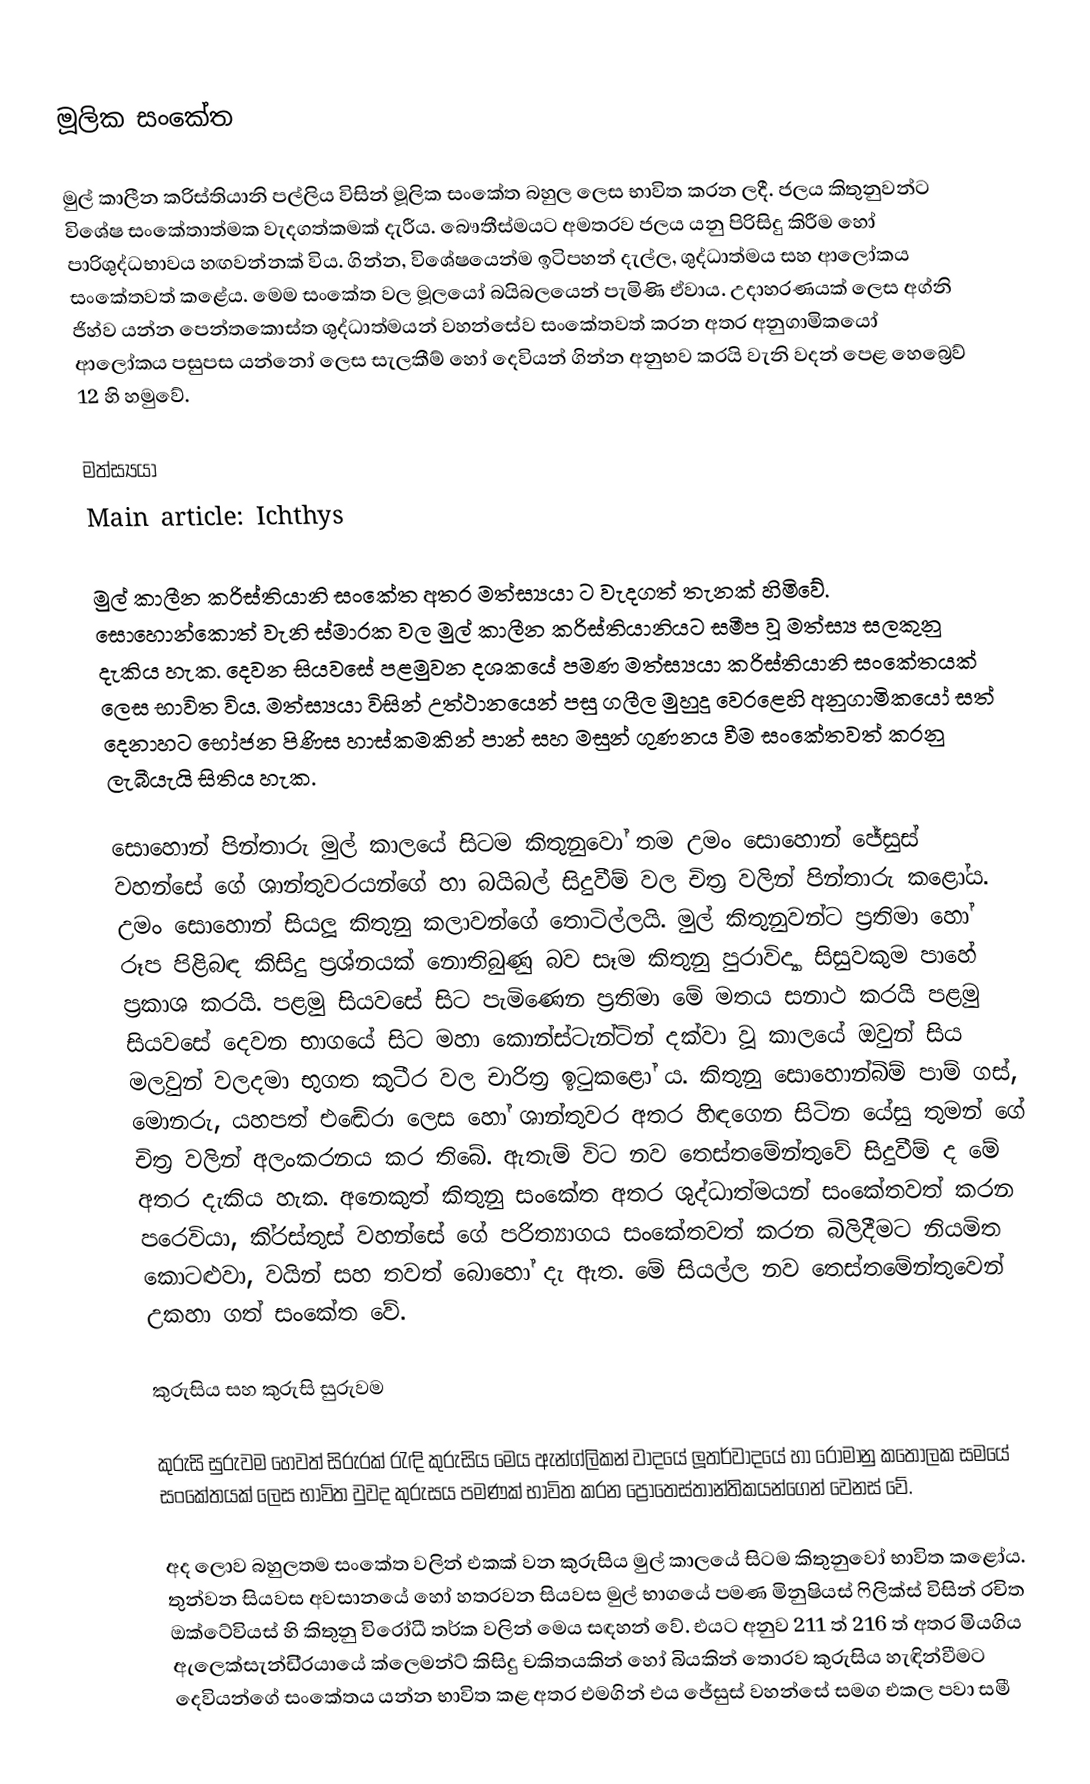
මූලික සංකේත

මුල් කාලීන ක‍්‍රිස්තියානි පල්ලිය විසින් මූලික සංකේත බහුල ලෙස භාවිත කරන ලදී. ජලය කිතුනුවන්ට විශේෂ සංකේතාත්මක වැදගත්කමක් දැරීය. බෞතීස්මයට අමතරව ජලය යනු පිරිසිදු කිරීම හෝ පාරිශුද්ධභාවය හඟවන්නක් විය. ගින්න, විශේෂයෙන්ම ඉටිපහන් දැල්ල, ශුද්ධාත්මය සහ ආලෝකය සංකේතවත් කළේය. මෙම සංකේත වල මූලයෝ බයිබලයෙන් පැමිණි ඒවාය. උදාහරණයක් ලෙස අග්නි ජිහ්ව යන්න පෙන්තකොස්ත ශුද්ධාත්මයන් වහන්සේව සංකේතවත් කරන අතර අනුගාමිකයෝ ආලෝකය පසුපස යන්නෝ ලෙස සැලකීම් හෝ දෙවියන් ගින්න අනුභව කරයි වැනි වදන් පෙළ හෙබ්‍රෙව් 12 හි හමුවේ.

මත්ස්‍යයා
Main article: Ichthys

මුල් කාලීන ක‍්‍රිස්තියානි සංකේත අතර මත්ස්‍යයා ට වැදගත් තැනක් හිමිවේ. සොහොන්කොත් වැනි ස්මාරක වල මුල් කාලීන ක‍්‍රිස්තියානියට සමීප වූ මත්ස්‍ය සලකුනු දැකිය හැක. දෙවන සියවසේ පළමුවන දශකයේ පමණ මත්ස්‍යයා ක‍්‍රිස්තියානි සංකේතයක් ලෙස භාවිත විය. මත්ස්‍යයා විසින් උත්ථානයෙන් පසු ගලීල මුහුදු වෙරළෙහි අනුගාමිකයෝ සත් දෙනාහට භෝජන පිණිස හාස්කමකින් පාන් සහ මසුන් ගුණනය වීම සංකේතවත් කරනු ලැබීයැයි සිතිය හැක.

සොහොන් පින්තාරු මුල් කාලයේ සිටම කිතුනුවෝ තම උමං සොහොන් ජේසුස් වහන්සේ ගේ ශාන්තුවරයන්ගේ හා බයිබල් සිදුවීම් වල චිත‍්‍ර වලින් පින්තාරු කළෝය. උමං සොහොන් සියලූ කිතුනු කලාවන්ගේ තොටිල්ලයි. මුල් කිතුනුවන්ට ප‍්‍රතිමා හෝ රූප පිළිබඳ කිසිදු ප‍්‍රශ්නයක් නොතිබුණු බව සෑම කිතුනු පුරාවිද්‍යා සිසුවකුම පාහේ ප‍්‍රකාශ කරයි. පළමු සියවසේ සිට පැමිණෙන ප‍්‍රතිමා මේ මතය සනාථ කරයි පළමු සියවසේ දෙවන භාගයේ සිට මහා කොන්ස්ටැන්ටින් දක්වා වූ කාලයේ ඔවුන් සිය මලවුන් වලදමා භුගත කුටීර වල චාරිත‍්‍ර ඉටුකළෝ ය. කිතුනු සොහොන්බිම් පාම් ගස්, මොනරු, යහපත් එඬේරා ලෙස  හෝ ශාන්තුවර අතර හිඳගෙන සිටින යේසු තුමන් ගේ චිත‍්‍ර වලින් අලංකරනය කර තිබේ. ඇතැම් විට නව තෙස්තමේන්තුවේ සිදුවීම් ද මේ අතර දැකිය හැක. අනෙකුත් කිතුනු සංකේත අතර ශුද්ධාත්මයන් සංකේතවත් කරන පරෙවියා, කි‍්‍රස්තුස් වහන්සේ ගේ පරිත්‍යාගය සංකේතවත් කරන බිලිදීමට නියමිත කොටළුවා, වයින් සහ තවත් බොහෝ දැ ඇත. මේ සියල්ල නව තෙස්තමේන්තුවෙන් උකහා ගත් සංකේත වේ.

කුරුසිය සහ කුරුසි සුරුවම

කුරුසි සුරුවම හෙවත් සිරුරක් රැඳි කුරුසිය මෙය ඇන්ග්ලිකන් වාදයේ ලූතර්වාදයේ හා රෝමානු කතෝලක සමයේ සංකේතයක් ලෙස භාවිත වුවද කුරුසය පමණක් භාවිත කරන ප්‍රොතෙස්තාන්තිකයන්ගෙන් වෙනස් වේ.

අද ලොව බහුලතම සංකේත වලින් එකක් වන කුරුසිය මුල් කාලයේ සිටම කිතුනුවෝ භාවිත කළෝය. තුන්වන සියවස අවසානයේ හෝ හතරවන සියවස මුල් භාගයේ පමණ මිනුෂියස් ෆිලික්ස් විසින් රචිත ඔක්ටේවියස් හි කිතුනු විරෝධී තර්ක වලින් මෙය සඳහන් වේ. එයට අනුව 211 ත් 216 ත් අතර මියගිය ඇලෙක්සැන්ඩි‍්‍රයායේ ක්ලෙමන්ට් කිසිදු චකිතයකින් හෝ බියකින් තොරව කුරුසිය හැඳින්වීමට දෙවියන්ගේ සංකේතය යන්න භාවිත කළ අතර එමගින් එය ජේසුස් වහන්සේ සමග එකල පවා සමී